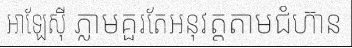
អាឡែស៊ី ភ្លាមគួរតែអនុវត្តតាមជំហ៊ាន